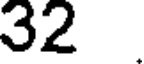
32